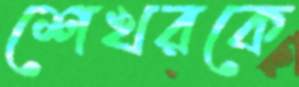
শেখরকে